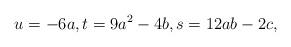
LaTeX: \begin{align*} u = - 6a, t = 9a^2 - 4b, s = 12ab - 2c,\end{align*}